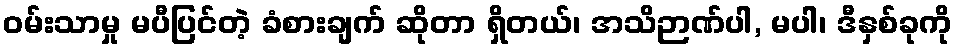
ဝမ်းသာမှု မပီပြင်တဲ့ ခံစားချက် ဆိုတာ ရှိတယ်၊ အသိဉာဏ်ပါ, မပါ၊ ဒီနှစ်ခုကို